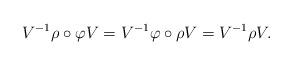
LaTeX: \begin{align*}V^{-1}\rho\circ \varphi V=V^{-1}\varphi\circ \rho V=V^{-1} \rho V.\end{align*}